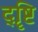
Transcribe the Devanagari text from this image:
दॄ्ष्टि